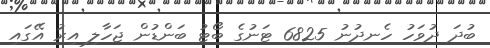
ބުދަ ދުވަހު ހެނދުނު 6825 ޓަނުގެ ބޯޓު ބަންޑުން ޖަހާލި އިރު އޭގައި